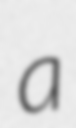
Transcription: a